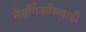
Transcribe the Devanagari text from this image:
नैसर्गिकरित्याही